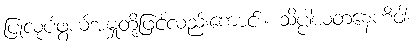
ပြုလုပ်ဖွယ်အမှုတို့ဖြင့်လည်းကောင်း။ သိပ္ပါယတနေဟိဝါ၊